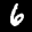
Label: 6